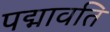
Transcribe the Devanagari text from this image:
पद्मावति